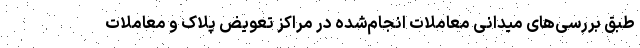
طبق بررسی‌های میدانی معاملات انجام‌شده در مراکز تعویض پلاک و معاملات